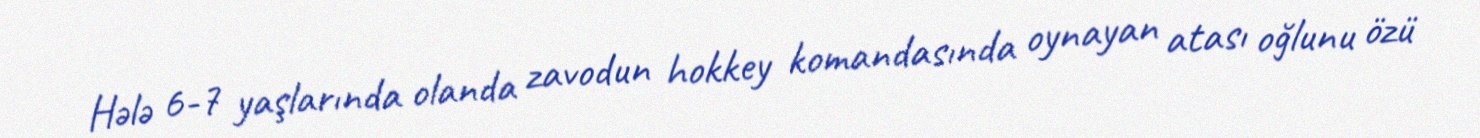
Hələ 6-7 yaşlarında olanda zavodun hokkey komandasında oynayan atası oğlunu özü